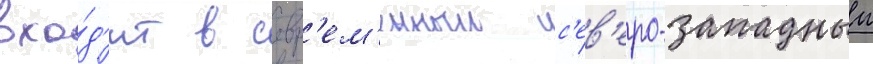
вхо́д'ит в совр'ем'енныи с'ев'еро-западныи